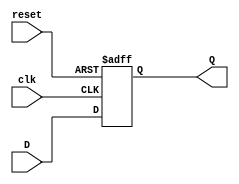
module d_flipflop(Q,D,clk,reset);
output Q;
input D;
input reset;
input clk;
reg Q;
always@(posedge clk,negedge reset)
if(!reset) Q<=1'b0;
else Q<=D;
endmodule